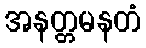
အနတ္တမနတံ